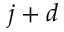
j + d